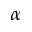
_ { \alpha }